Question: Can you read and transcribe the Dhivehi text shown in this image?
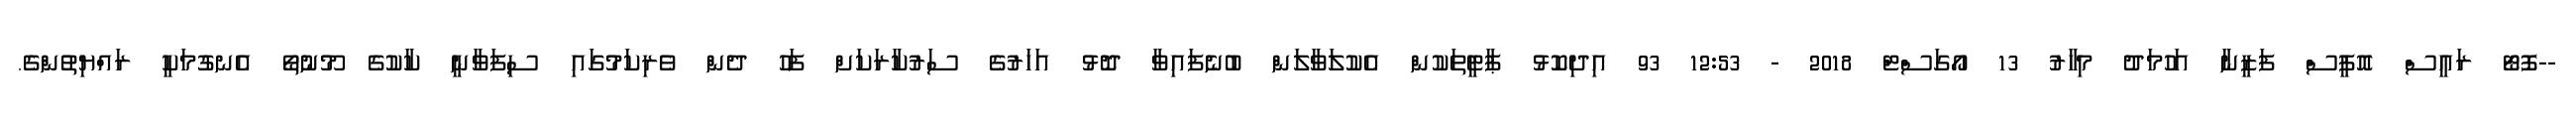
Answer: --ފޮޓޯ ރައީސް އޮފީސް ފަޒީނާ އަހުމަދު މިހާރު 13 އޯގަސްޓް 2018 - 12:53 93 އިދިކޮޅު ޕާޓީތަކުން އެކުލަވާލަން ބުނެފައިވާ ދޮޅު އަހަރުގެ ސަރުކާރަކަށް ފަހު ދެން ވެރިކަމުގައި ސިފަވާނީ ކާކުގެ މޫނުތޯ އެނގުމަކީ ރައްޔިތުންގެ.